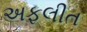
અફલીત